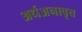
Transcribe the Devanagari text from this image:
अर्धअनावृत्त